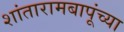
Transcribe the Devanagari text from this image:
शांतारामबापूंच्या